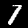
Digit: 1